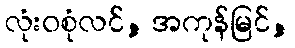
လုံးဝစုံလင်, အကုန်မြင်,